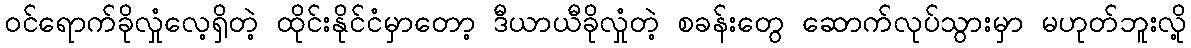
ဝင်ရောက်ခိုလှုံလေ့ရှိတဲ့ ထိုင်းနိုင်ငံမှာတော့ ဒီယာယီခိုလှုံတဲ့ စခန်းတွေ ဆောက်လုပ်သွားမှာ မဟုတ်ဘူးလို့